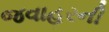
જવાહરની